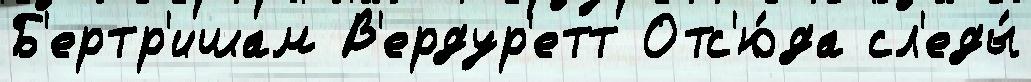
Б'ертр'ишам В'ердур'етт Отс'ю́да сл'еды́